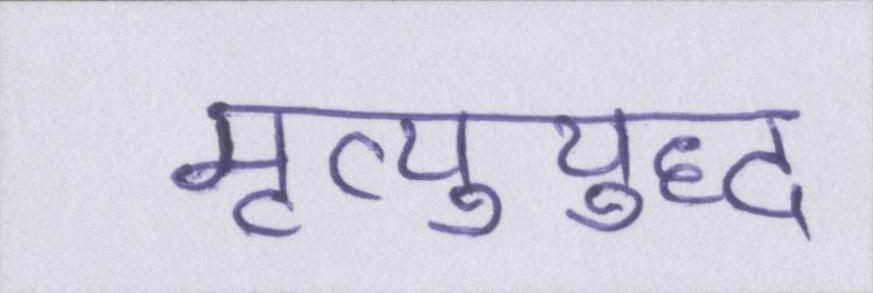
मृत्युयुद्ध